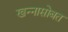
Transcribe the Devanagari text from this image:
खन्नासोबत